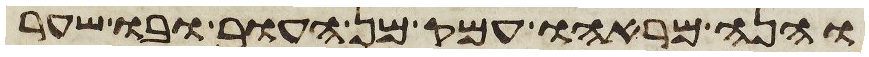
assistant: והנה מראהו עמק מן העור ובו שער